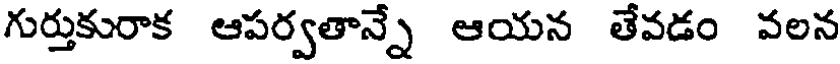
గుర్తుకురాక ఆపర్వతాన్నే ఆయన తేవడం వలన